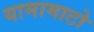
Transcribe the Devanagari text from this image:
यामामाटो